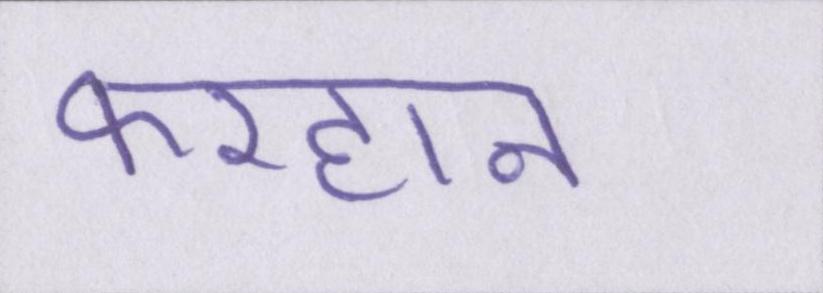
फरहान